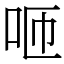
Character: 咂